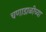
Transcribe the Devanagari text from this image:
चणाडाळीच्या